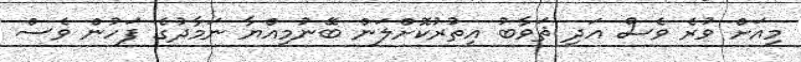
މިއަށް ވުރެ ވެސް އަދި ޘަވާބު އިތުރުކޮށްލަން ބޭނުމިއްޔާ ނަމާދުގެ ފަހުން ވެސް